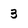
Character: 3